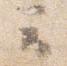
云